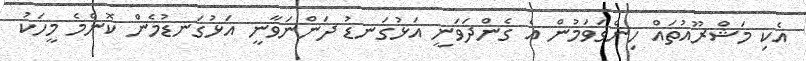
އެކި މަޝްރޫއުތައް ހިންގަވަމުން އެ ގެންދަވަނީ އަޅުގަނޑު ދަންނަވާނީ އަޅުގަނޑުމެން ކޮންމެ މީހަކު